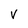
Character: v